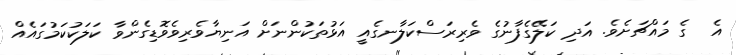
އެ  ގެ މައްޗަށެވެ. އަދި ކަލޭގެފާނުގެ ވެރިރަސްކަލާނގެއީ އަޅުތަކުންނަށް އަނިޔާވެރިވެވޮޑިގެންވާ ކަލަކުކަމުގައެއް